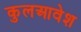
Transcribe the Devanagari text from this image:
कुलआवेश